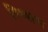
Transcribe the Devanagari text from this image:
विष्वास